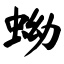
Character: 蚴